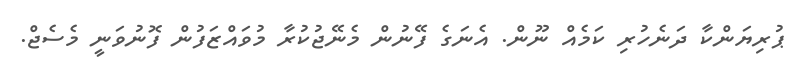
ޕުރިޔަންކާ ދަނެހުރި ކަމެއް ނޫން. އެނަގެ ފޭނުން މެނޭޖުކުރާ މުވައްޒަފުން ފޮނުވަނީ މެސެޖް.